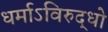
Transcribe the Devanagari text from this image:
धर्माऽविरुद्धो